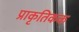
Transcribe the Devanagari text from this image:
प्राकृतिकक